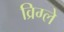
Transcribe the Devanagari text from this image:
व्रिग्ले